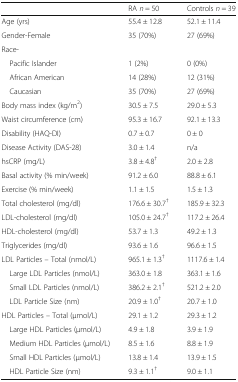
|  | RA n = 50 | Controls n = 39 |
 | --- | --- | --- |
 | Age (yrs) | 55.4 ± 12.8 | 52.1 ± 11.4 |
 | Gender-Female | 35 (70%) | 27 (69%) |
 | <COLSPAN=3> Race- |
 | Pacific Islander | 1 (2%) | 0 (0%) |
 | African American | 14 (28%) | 12 (31%) |
 | Caucasian | 35 (70%) | 27 (69%) |
 | Body mass index (kg/m2) | 30.5 ± 7.5 | 29.0 ± 5.3 |
 | Waist circumference (cm) | 95.3 ± 16.7 | 92.1 ± 13.3 |
 | Disability (HAQ-DI) | 0.7 ± 0.7 | 0 ± 0 |
 | Disease Activity (DAS-28) | 3.0 ± 1.4 | n/a |
 | hsCRP (mg/L) | 3.8 ± 4.8† | 2.0 ± 2.8 |
 | Basal activity (% min/week) | 91.2 ± 6.0 | 88.8 ± 6.1 |
 | Exercise (% min/week) | 1.1 ± 1.5 | 1.5 ± 1.3 |
 | Total cholesterol (mg/dl) | 176.6 ± 30.7† | 185.9 ± 32.3 |
 | LDL-cholesterol (mg/dl) | 105.0 ± 24.7† | 117.2 ± 26.4 |
 | HDL-cholesterol (mg/dl) | 53.7 ± 1.3 | 49.2 ± 1.3 |
 | Triglycerides (mg/dl) | 93.6 ± 1.6 | 96.6 ± 1.5 |
 | LDL Particles – Total (nmol/L) | 965.1 ± 1.3† | 1117.6 ± 1.4 |
 | Large LDL Particles (nmol/L) | 363.0 ± 1.8 | 363.1 ± 1.6 |
 | Small LDL Particles (nmol/L) | 386.2 ± 2.1† | 521.2 ± 2.0 |
 | LDL Particle Size (nm) | 20.9 ± 1.0† | 20.7 ± 1.0 |
 | HDL Particles – Total (μmol/L) | 29.1 ± 1.2 | 29.3 ± 1.2 |
 | Large HDL Particles (μmol/L) | 4.9 ± 1.8 | 3.9 ± 1.9 |
 | Medium HDL Particles (μmol/L) | 8.5 ± 1.6 | 8.8 ± 1.9 |
 | Small HDL Particles (μmol/L) | 13.8 ± 1.4 | 13.9 ± 1.5 |
 | HDL Particle Size (nm) | 9.3 ± 1.1† | 9.0 ± 1.1 |